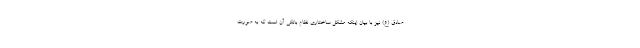
صادق (ع) نیز با بیان اینکه مشکل ساختاری نظام بانکی آن است که به صورت